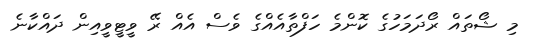
މި ޝޯތައް ރޯދަމަހުގެ ކޮންމެ ހަފްތާއެއްގެ ވެސް އެއް ރޭ ވީޓީވީއިން ދައްކާނެ